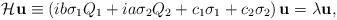
LaTeX: \begin{align*}{\cal H}{\bf u}\equiv \left( ib\sigma_1Q_1 + ia\sigma_2Q_2 +c_1\sigma_1 + c_2\sigma_2\right){\bf u} = \lambda{\bf u},\end{align*}